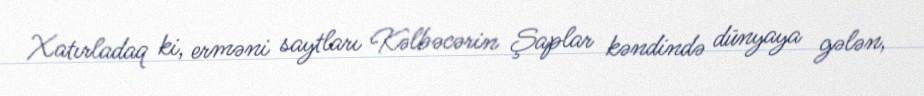
Xatırladaq ki, erməni saytları Kəlbəcərin Şaplar kəndində dünyaya gələn,